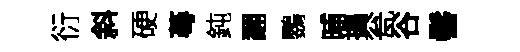
衍斜硬蕚鈍翻鸚晡搗瓮谷髻